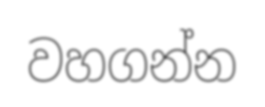
වහගන්න